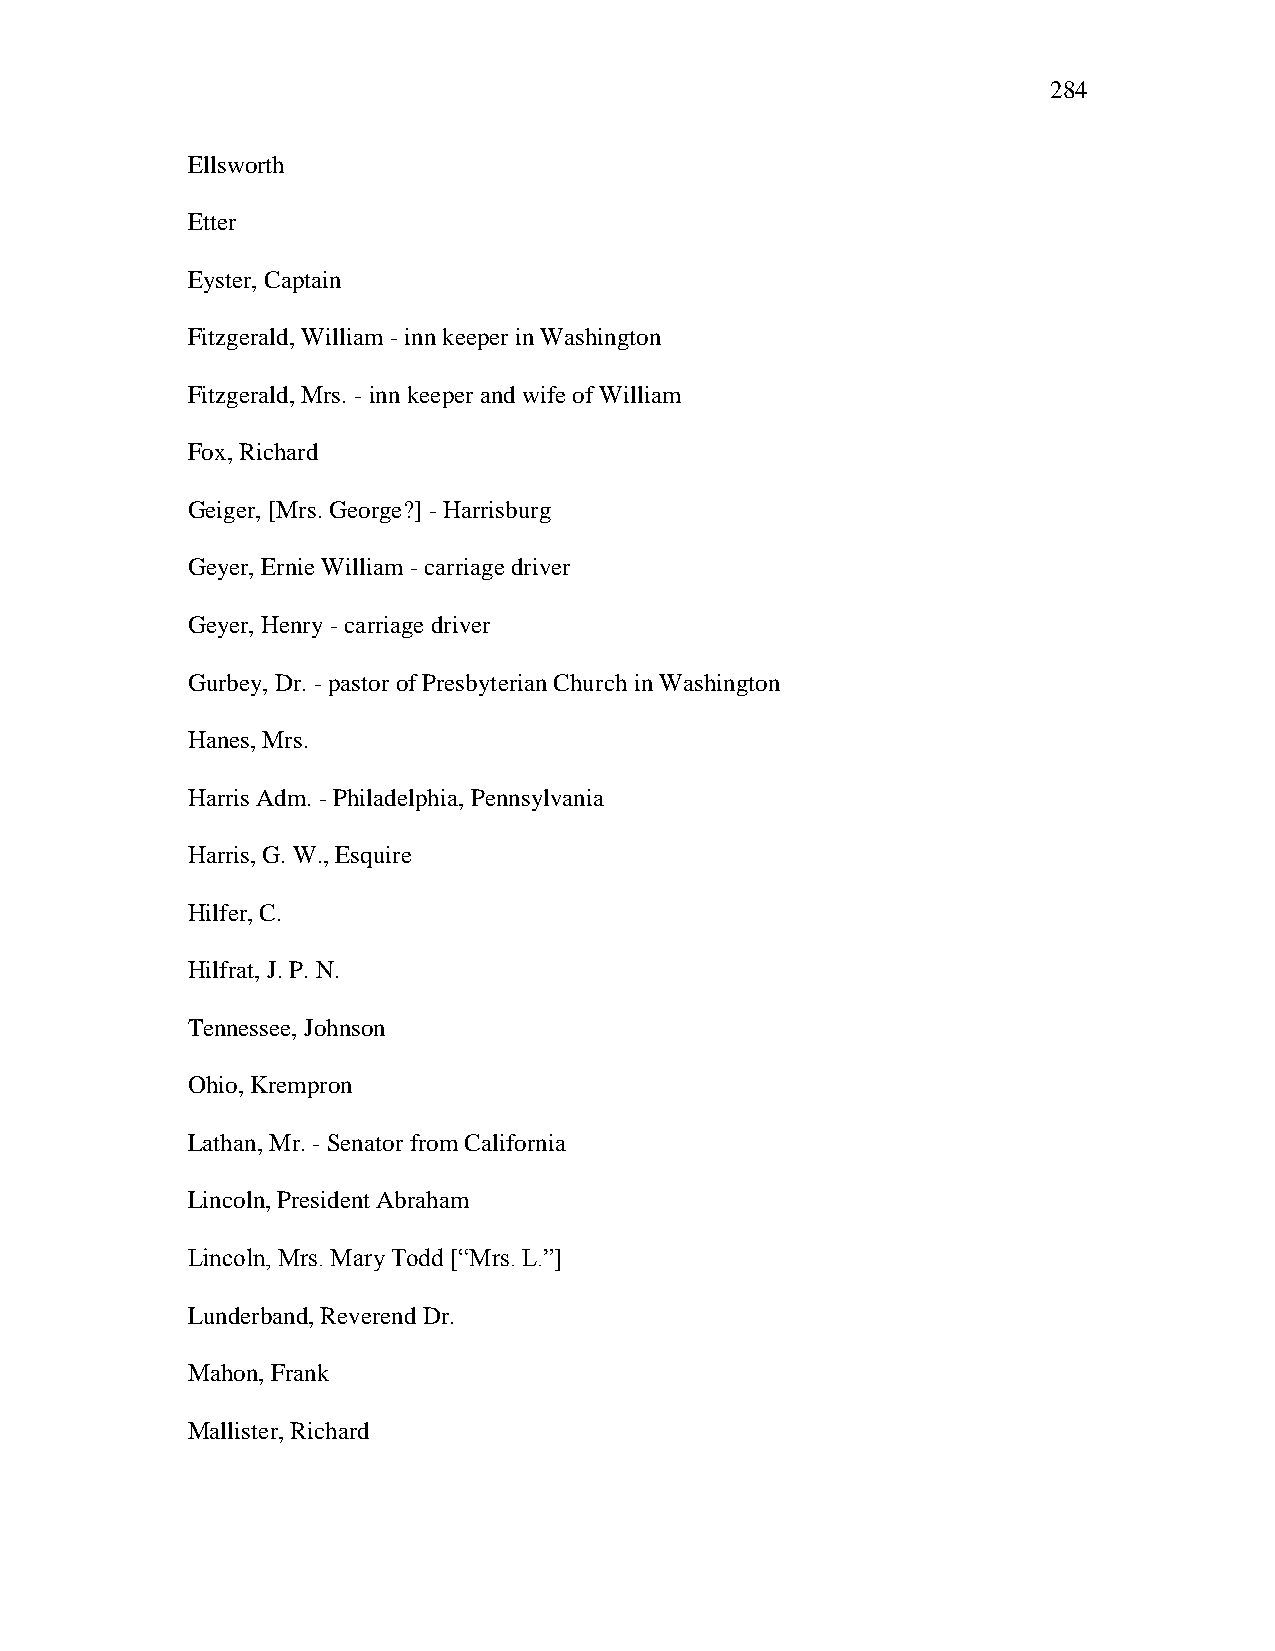
284
 Ellsworth
 Etter
 Eyster, Captain
 Fitzgerald, William - inn keeper in Washington
 Fitzgerald, Mrs. - inn keeper and wife of William
 Fox, Richard
 Geiger, [Mrs. George?] - Harrisburg
 Geyer, Ernie William - carriage driver
 Geyer, Henry - carriage driver
 Gurbey, Dr. - pastor of Presbyterian Church in Washington
 Hanes, Mrs.
 Harris Adm. - Philadelphia, Pennsylvania
 Harris, G. W., Esquire
 Hilfer, C.
 Hilfrat, J. P. N.
 Tennessee, Johnson
 Ohio, Krempron
 Lathan, Mr. - Senator from California
 Lincoln, President Abraham
 Lincoln, Mrs. Mary Todd [―Mrs. L.‖]
 Lunderband, Reverend Dr.
 Mahon, Frank
 Mallister, Richard